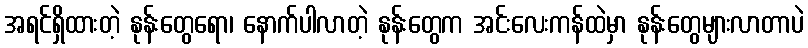
အရင်ရှိထားတဲ့ နုန်းတွေရော၊ နောက်ပါလာတဲ့ နုန်းတွေက အင်းလေးကန်ထဲမှာ နုန်းတွေများလာတာပဲ